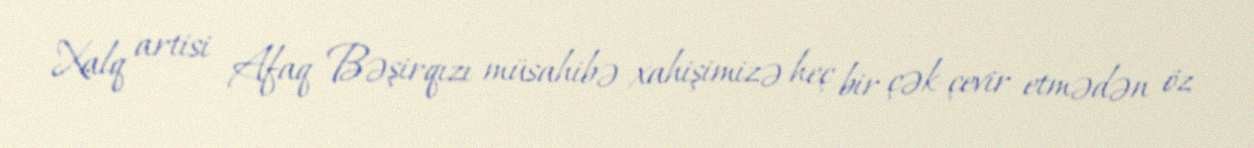
Xalq artisi Afaq Bəşirqızı müsahibə xahişimizə heç bir çək-çevir etmədən öz